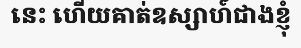
នេះ ហើយគាត់ឧស្សាហ៍ជាងខ្ញុំ